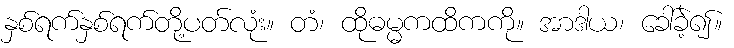
နှစ်ရက်နှစ်ရက်တို့ပတ်လုံး။ တံ၊ ထိုဓမ္မကထိကကို။ အာဒါယ၊ ခေါ်ခဲ့၍။